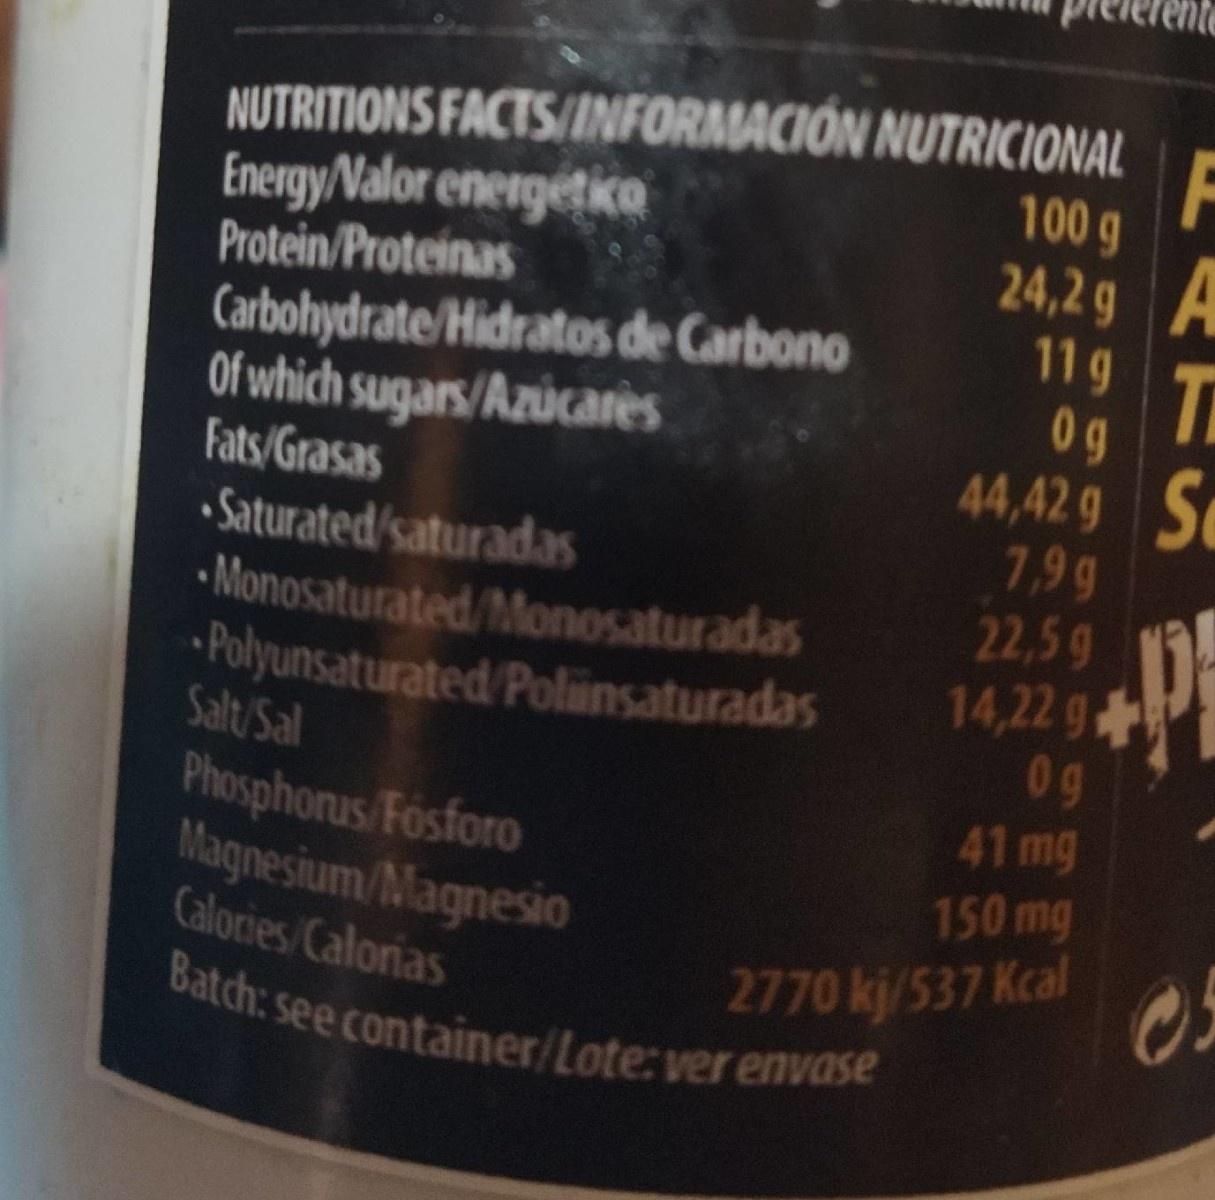
NUTRITIONS FACTS/INFORMACIÓN NUTRICIONAL Energy/Nalor energetice Protein/Proteinas Carbohydrate/Hidratos de Carbono Of which sugars/Azúcarès Fats/Grasas • Saturated/saturadas • Monosaturated/Monosaturadas Polyunsaturated Polinsaturadas Salt Sal Phosphonus Fosforo Magnesium/Magnesio Calories Calorias Batch: see container/Lote: ver envase F 100g 24,2 g A 11g Ti 0g 44,42 g S 7,99 22,5g 14,22 g 0g 41mg 150 mg 2770 kj/537 Kcal 0.